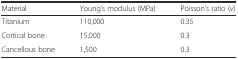
<table><thead><tr><td><b>Material</b></td><td><b>Young’s modulus (MPa)</b></td><td><b>Poisson’s ratio (<i>v</i>)</b></td></tr></thead><tbody><tr><td>Titanium</td><td>110,000</td><td>0.35</td></tr><tr><td>Cortical bone</td><td>15,000</td><td>0.3</td></tr><tr><td>Cancellous bone</td><td>1,500</td><td>0.3</td></tr></tbody></table>